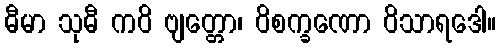
ဓီမာ သုဓီ ကဝိ ဗျတ္တော၊ ဝိစက္ခဏော ဝိသာရဒေါ။